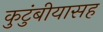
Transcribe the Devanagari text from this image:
कुटुंबीयासह